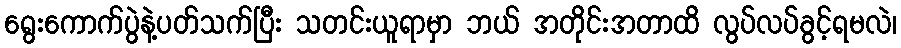
ရွေးကောက်ပွဲနဲ့ပတ်သက်ပြီး သတင်းယူရာမှာ ဘယ် အတိုင်းအတာထိ လွပ်လပ်ခွင့်ရမလဲ၊